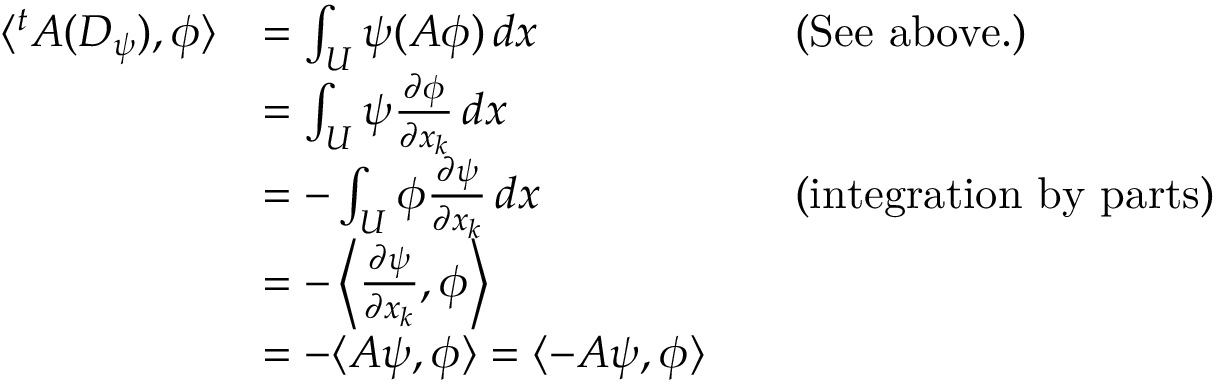
{ \begin{array} { r l r l } { \langle ^ { t } A ( D _ { \psi } ) , \phi \rangle } & { = \int _ { U } \psi ( A \phi ) \, d x } & & { { \mathrm { ( S e e ~ a b o v e . ) } } } \\ & { = \int _ { U } \psi { \frac { \partial \phi } { \partial x _ { k } } } \, d x } \\ & { = - \int _ { U } \phi { \frac { \partial \psi } { \partial x _ { k } } } \, d x } & & { { \mathrm { ( i n t e g r a t i o n ~ b y ~ p a r t s ) } } } \\ & { = - \left\langle { \frac { \partial \psi } { \partial x _ { k } } } , \phi \right\rangle } \\ & { = - \langle A \psi , \phi \rangle = \langle - A \psi , \phi \rangle } \end{array} }